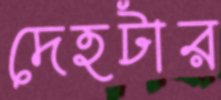
দেহটার